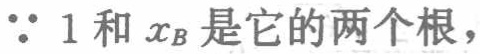
$\because 1$和$x_{B}$是它的两个根，